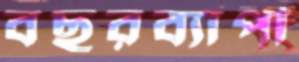
বছরব্যাপী